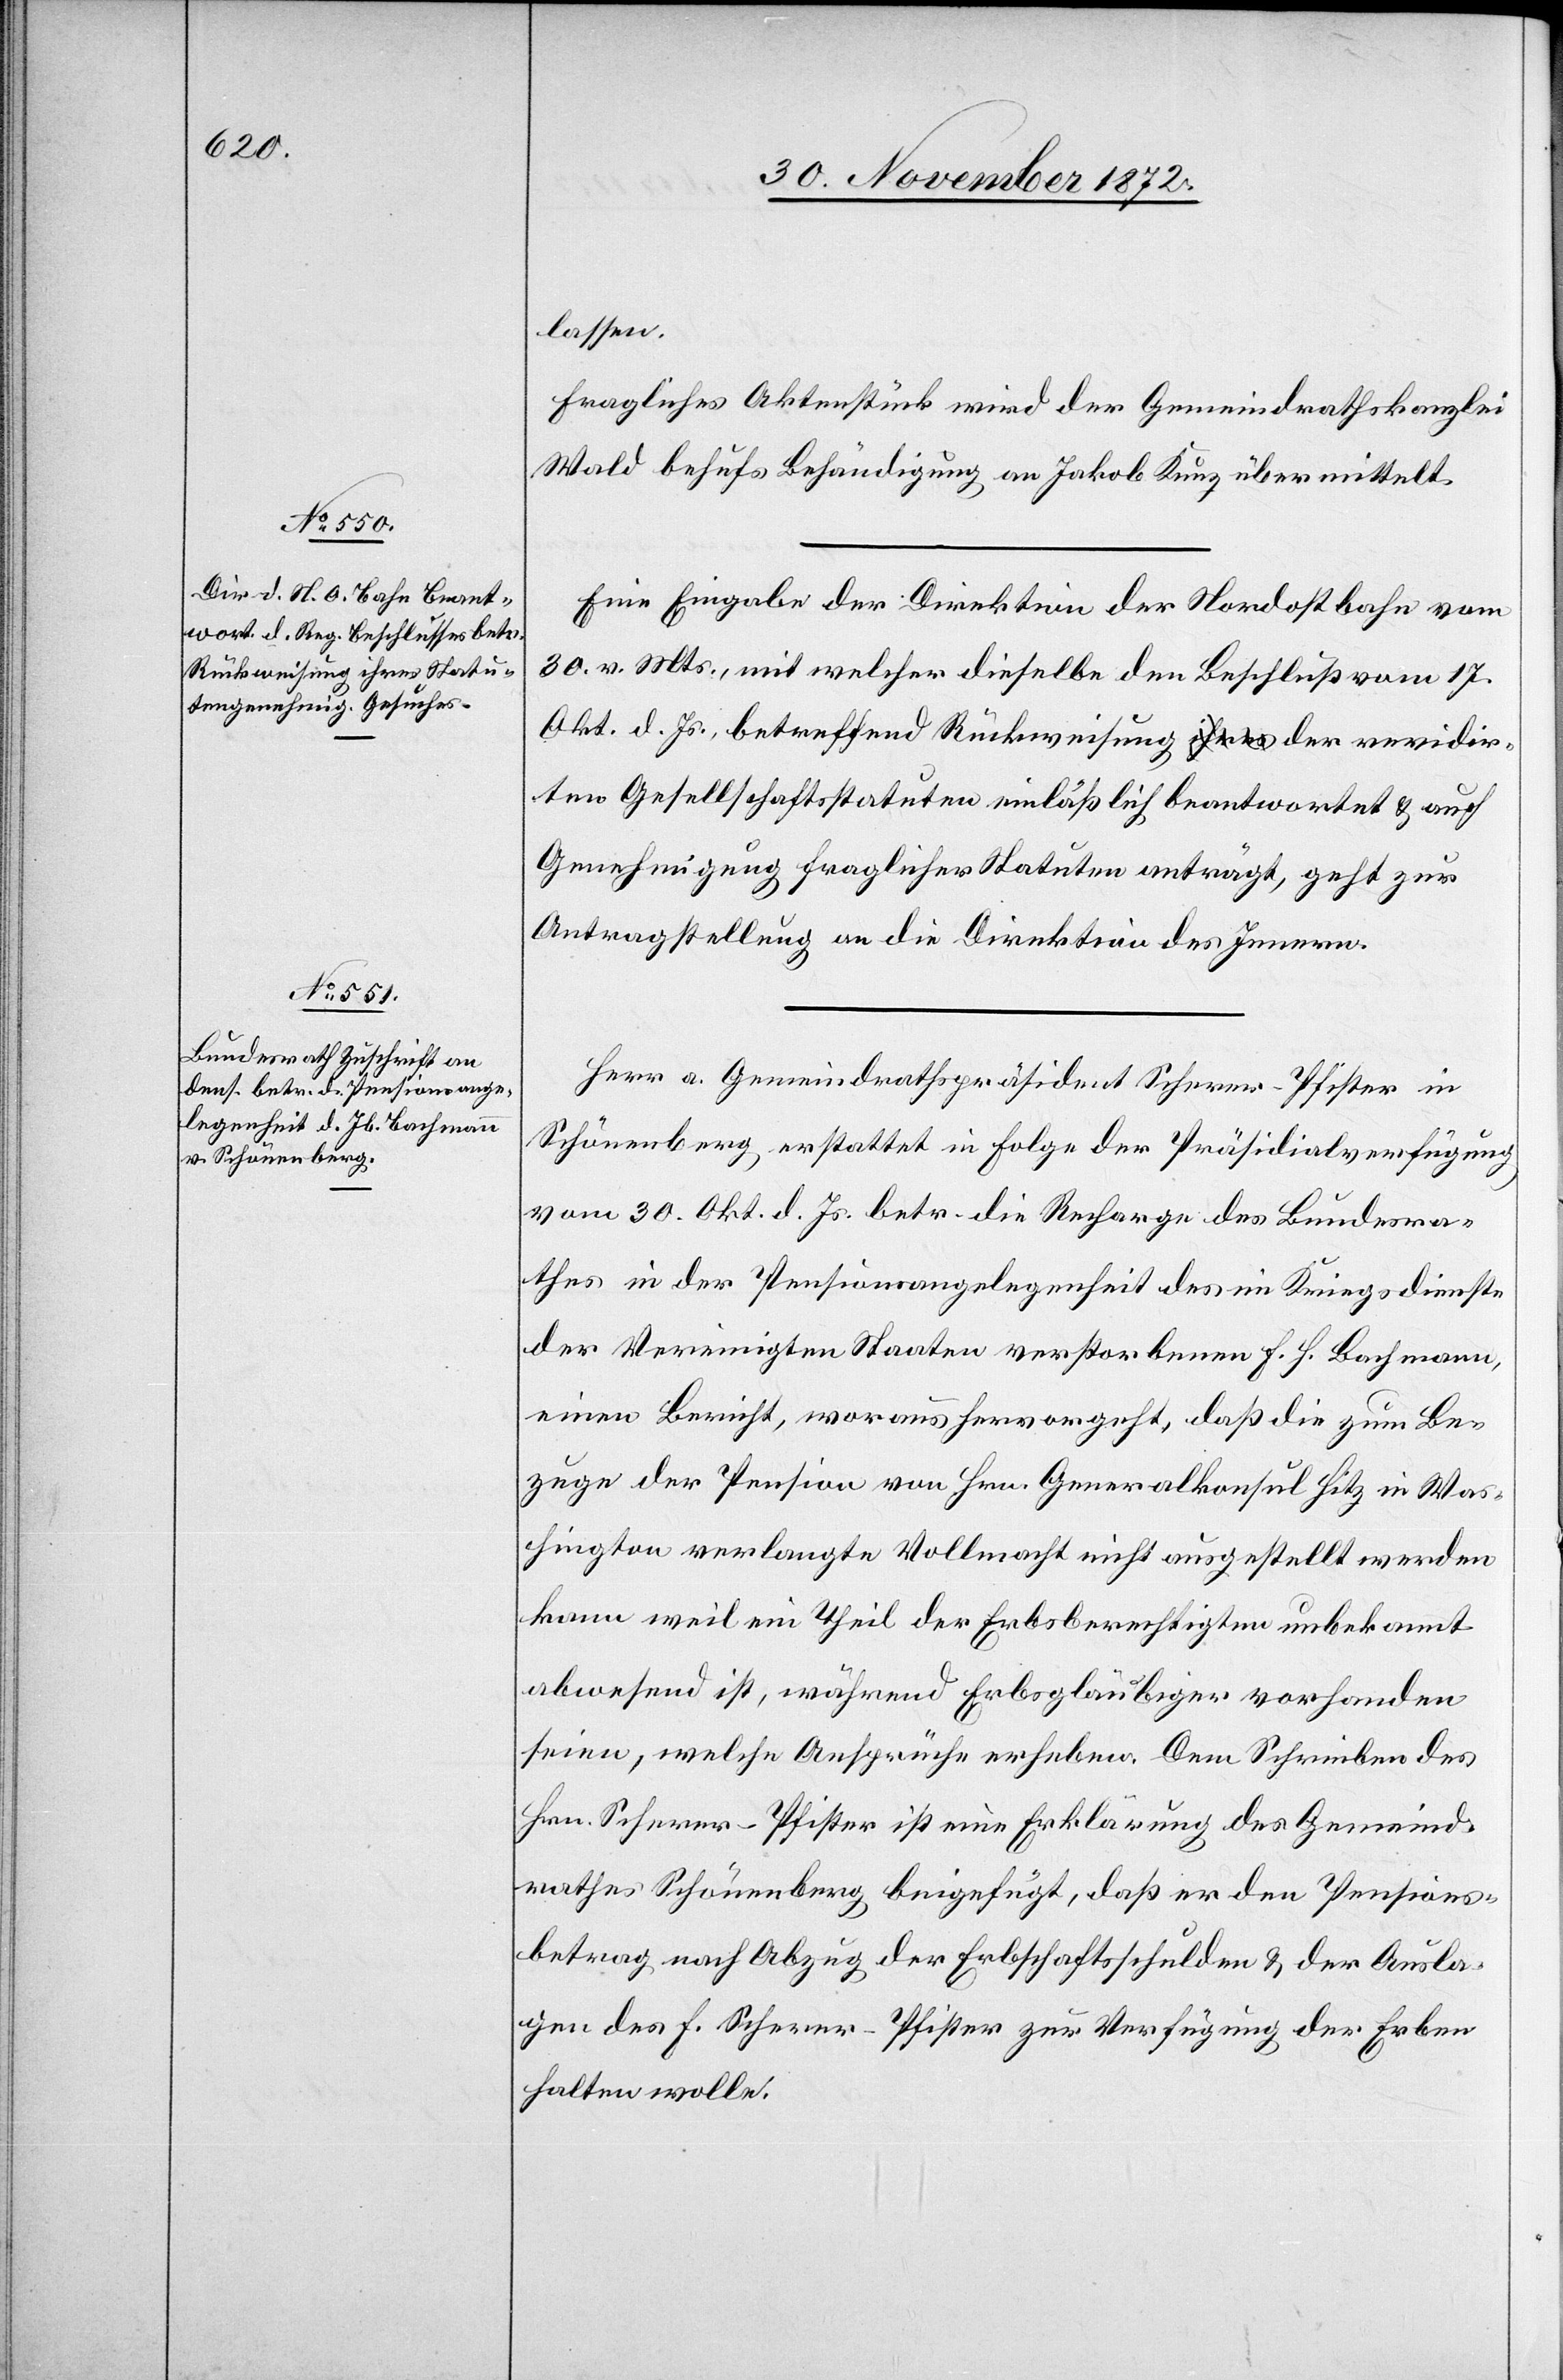
4. December 1872.]
lassen.
Fragliches Aktenstück wird der Gemeindrathskanzlei
Wald behufs Behändigung an Jakob Kunz übermittelt.
Eine Eingabe der Direktion der Nordostbahn vom
30. v. Mts., mit welcher dieselbe den Beschluß vom 17.
Okt. d. Js., betreffend Rückweisung der revidir¬
ten Gesellschaftsstatuten einläßlich beantwortet u. auch
Genehmigung fraglicher Statuten anträgt, geht zur
Antragstellung an die Direktion des Innern.
Herr a Gemeindrathspräsident Scherer-Pfister in
Schönenberg erstattet in Folge der Präsidialsverfügung
vom 30. Okt. d. Js. betr. die Recharge des Bundesra¬
thes in der Pensionsangelegenheit des im Kriegsdienste
der Vereinigten Staaten verstorbenen F. H. Bachmann,
einen Bericht, woraus hervorgeht, das die zum Be¬
zuge der Pension von Hrn. Generalkonsul Hitz in Was¬
hington verlangte Vollmacht nicht ausgestellt werden
kann weil ein Theil der Erbsberechtigten unbekannt
abwesend ist, während Erbsgläubiger vorhanden
seien, welche Ansprüche erheben. Dem Schreiben des
Hrn. Scherer-Pfister ist eine Erklärung des Gemeind¬
rathes Schönenberg beigefügt, daß er den Pensions¬
betrag nach Abzug der Erbschaftsschulden u. der Ausla¬
gen des F. Scherer-Pfister zur Verfügung der Erben
halten wolle.